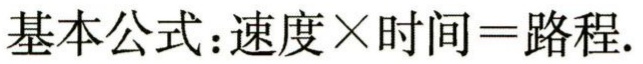
基本公式：速度$\times$时间=路程.